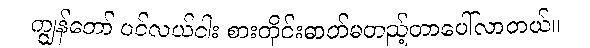
ကျွန်တော် ပင်လယ်ငါး စားတိုင်းဓာတ်မတည့်တာပေါ်လာတယ်။